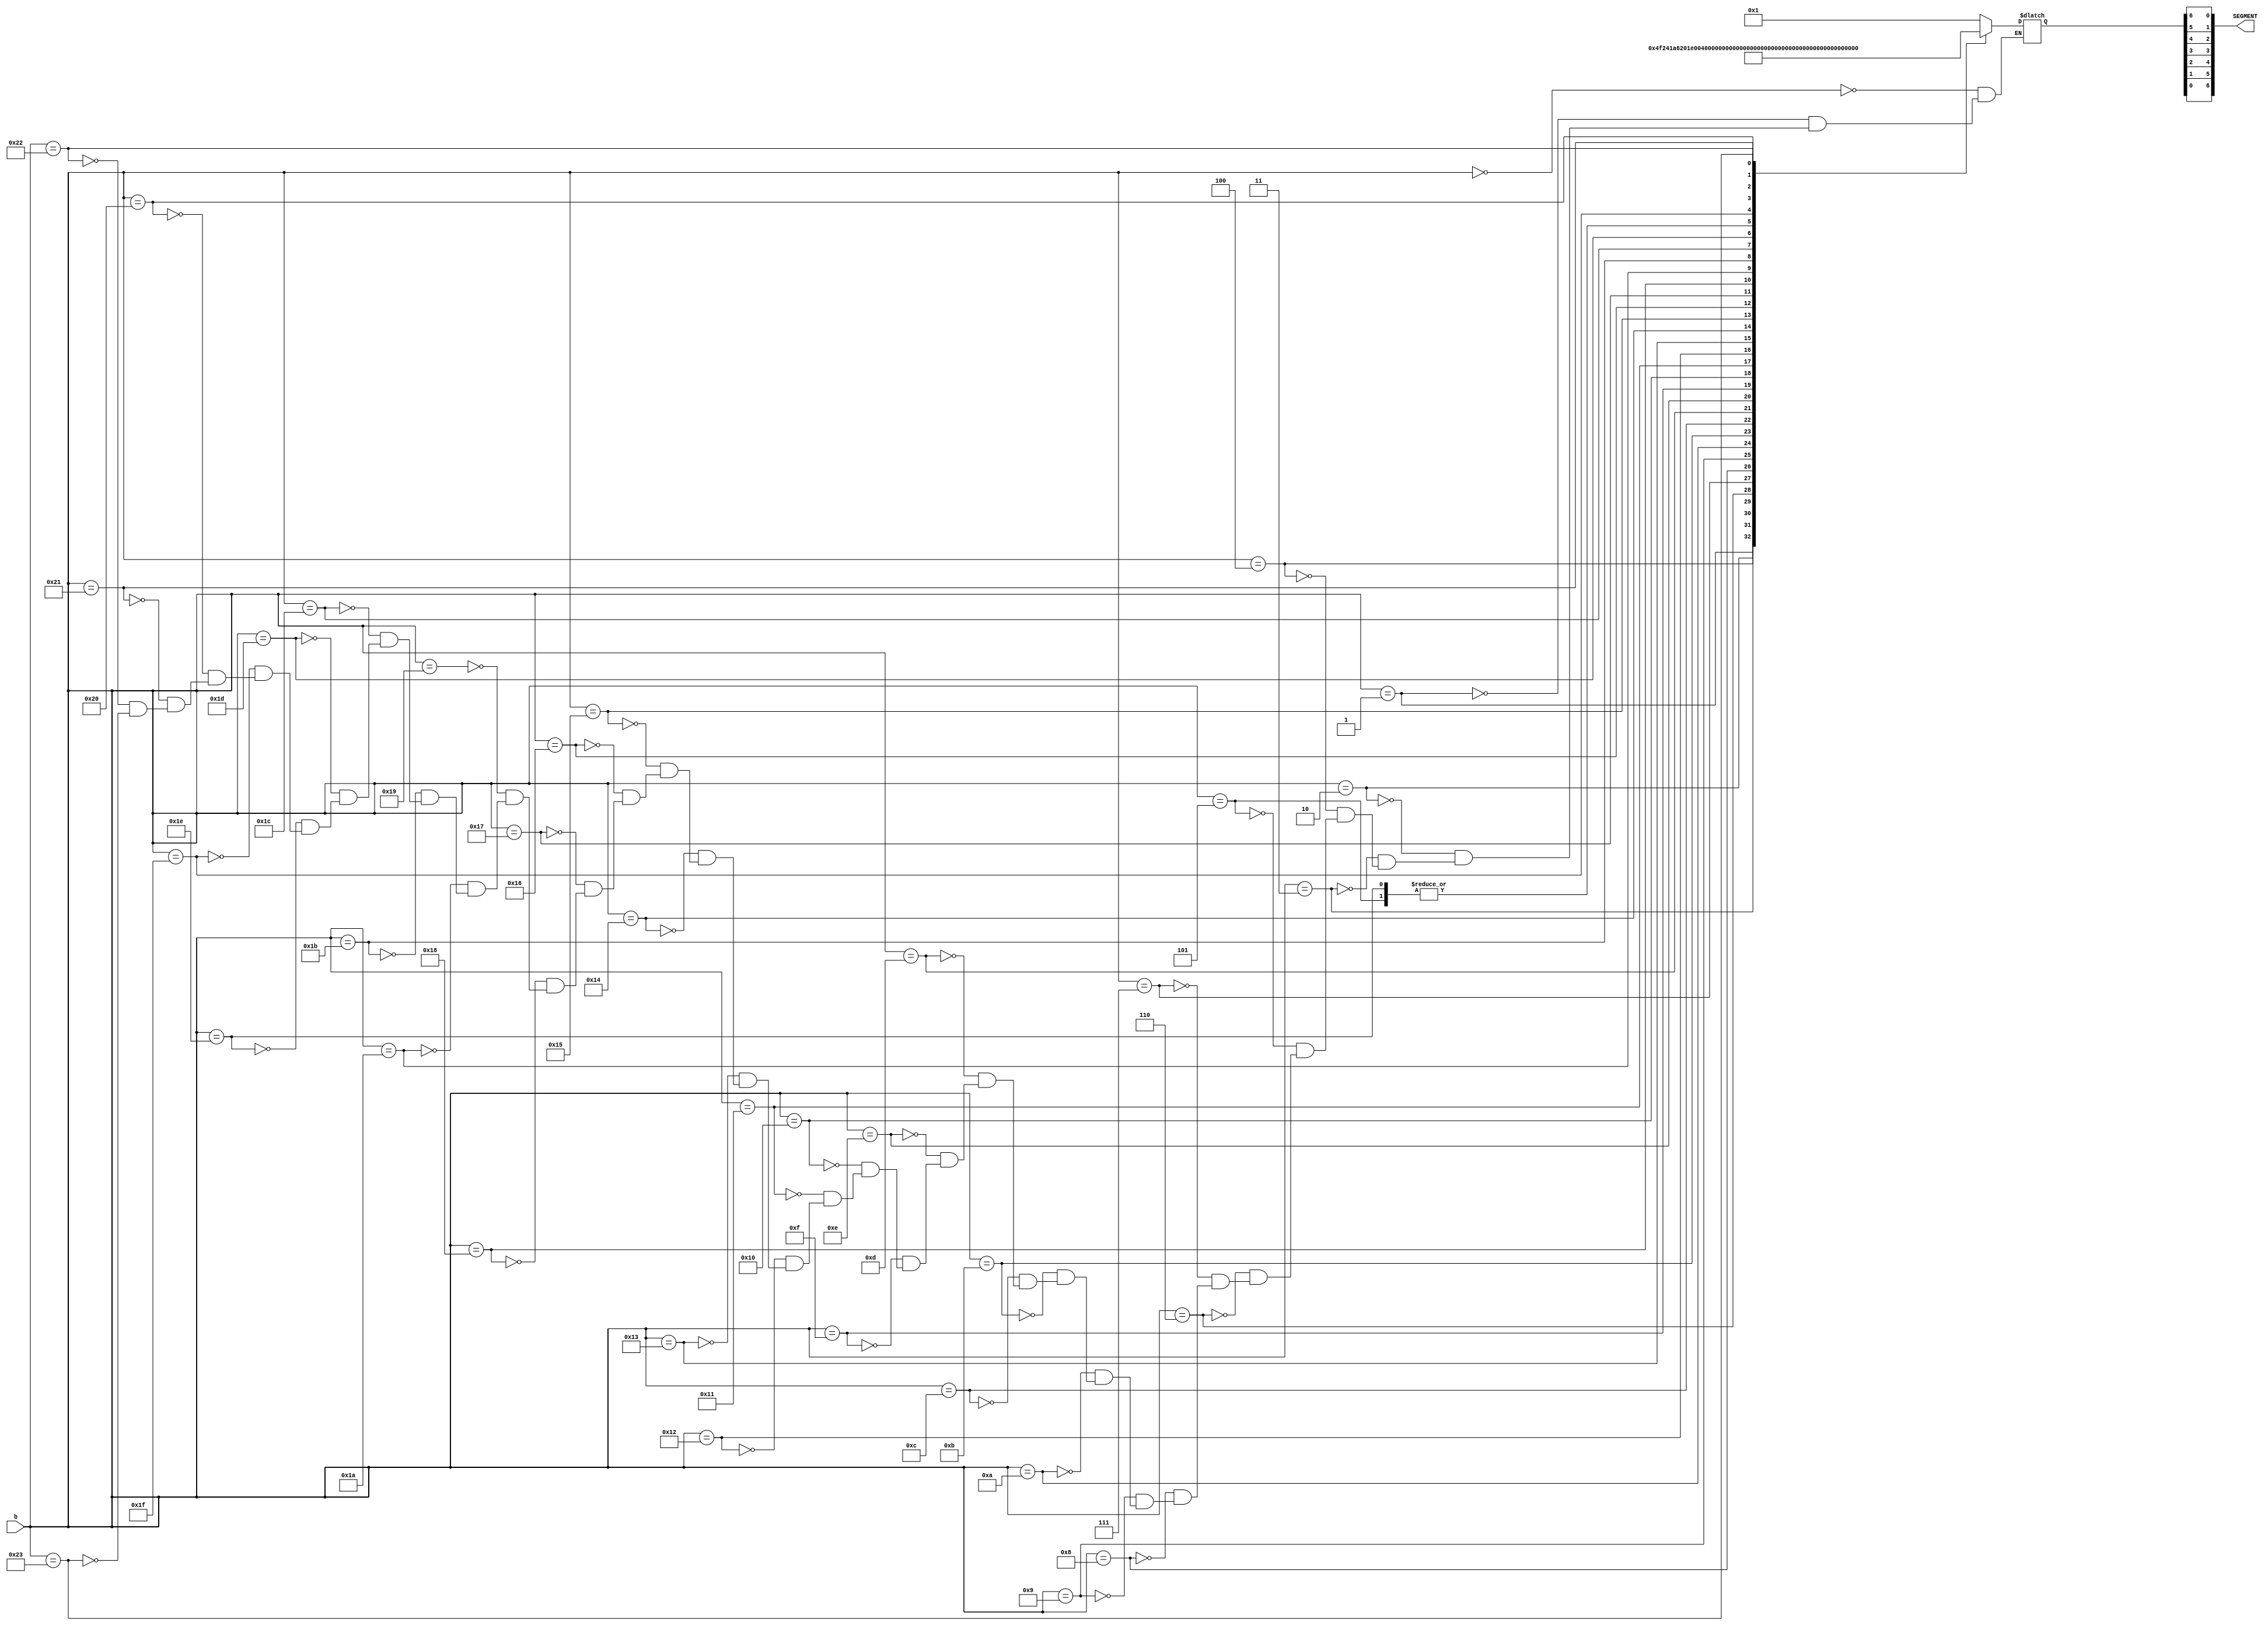
`timescale 1ns / 1ps
//////////////////////////////////////////////////////////////////////////////////
// Company: 
// Engineer: 
// 
// Design Name: 
// Module Name: segdecoder
// Project Name: 
// Target Devices: 
// Tool Versions: 
// Description: 
// 
// Dependencies: 
// 
// Revision:
// Revision 0.01 - File Created
// Additional Comments:
// 
//////////////////////////////////////////////////////////////////////////////////


module segdecoder(input [5:0] b, output [6:0] SEGMENT);
    
    reg [6:0] SEG;
    
    assign {SEGMENT[0],SEGMENT[1],SEGMENT[2],SEGMENT[3],
            SEGMENT[4],SEGMENT[5],SEGMENT[6]} = SEG;
    
    
always @(*)begin
    case(b)
        6'b000000: SEG = ~7'b1111110;//:0
        6'b000001: SEG = ~7'b0110000;//:1
        6'b000010: SEG = ~7'b1101101;//:2
        6'b000011: SEG = ~7'b1111001;//:3
        6'b000100: SEG = ~7'b0110011;//:4
        6'b000101: SEG = ~7'b1011011;//:5
        6'b000110: SEG = ~7'b1011111;//:6
        6'b000111: SEG = ~7'b1110000;//:7
        6'b001000: SEG = ~7'b1111111;//:8
        6'b001001: SEG = ~7'b1111011;//:9
        6'b001010: SEG = ~7'b1110111;//:A
        6'b001011: SEG = ~7'b1111101;//:a
        6'b001100: SEG = ~7'b0011111;//:b
        6'b001101: SEG = ~7'b1001110;//:C
        6'b001110: SEG = ~7'b0001101;//:c
        6'b001111: SEG = ~7'b0111101;//:d
        6'b010000: SEG = ~7'b1001111;//:E
        6'b010001: SEG = ~7'b1000111;//:F
        6'b010010: SEG = ~7'b1011110;//:G
        6'b010011: SEG = ~7'b0110111;//:H
        6'b010100: SEG = ~7'b0010111;//:h
        6'b010101: SEG = ~7'b0000110;//:I
        6'b010110: SEG = ~7'b0111100;//:j
        6'b010111: SEG = ~7'b0001110;//:L
        6'b011000: SEG = ~7'b0010101;//:n
        6'b011001: SEG = ~7'b1111110;//:O
        6'b011010: SEG = ~7'b0011101;//:o
        6'b011011: SEG = ~7'b1100111;//:P
        6'b011100: SEG = ~7'b1110011;//:q
        6'b011101: SEG = ~7'b0000101;//:r
        6'b011110: SEG = ~7'b1011011;//:S
        6'b011111: SEG = ~7'b0001111;//:t
        6'b100000: SEG = ~7'b0111110;//:U
        6'b100001: SEG = ~7'b0011100;//:u
        6'b100010: SEG = ~7'b0111011;//:y
        6'b100011: SEG = ~7'b0000000;//:space
    endcase

end
     
endmodule